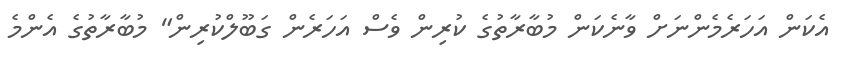
އެކަން އަހަރެމެންނަށް ވާނެކަން މުބާރާތުގެ ކުރިން ވެސް އަހަރެން ގަބޫލްކުރިން" މުބާރާތުގެ އެންމެ